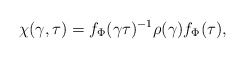
\begin{align*}\chi(\gamma,\tau)=f_{\Phi}(\gamma\tau)^{-1}\rho(\gamma)f_{\Phi}(\tau),\end{align*}